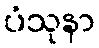
ပံသုနာ